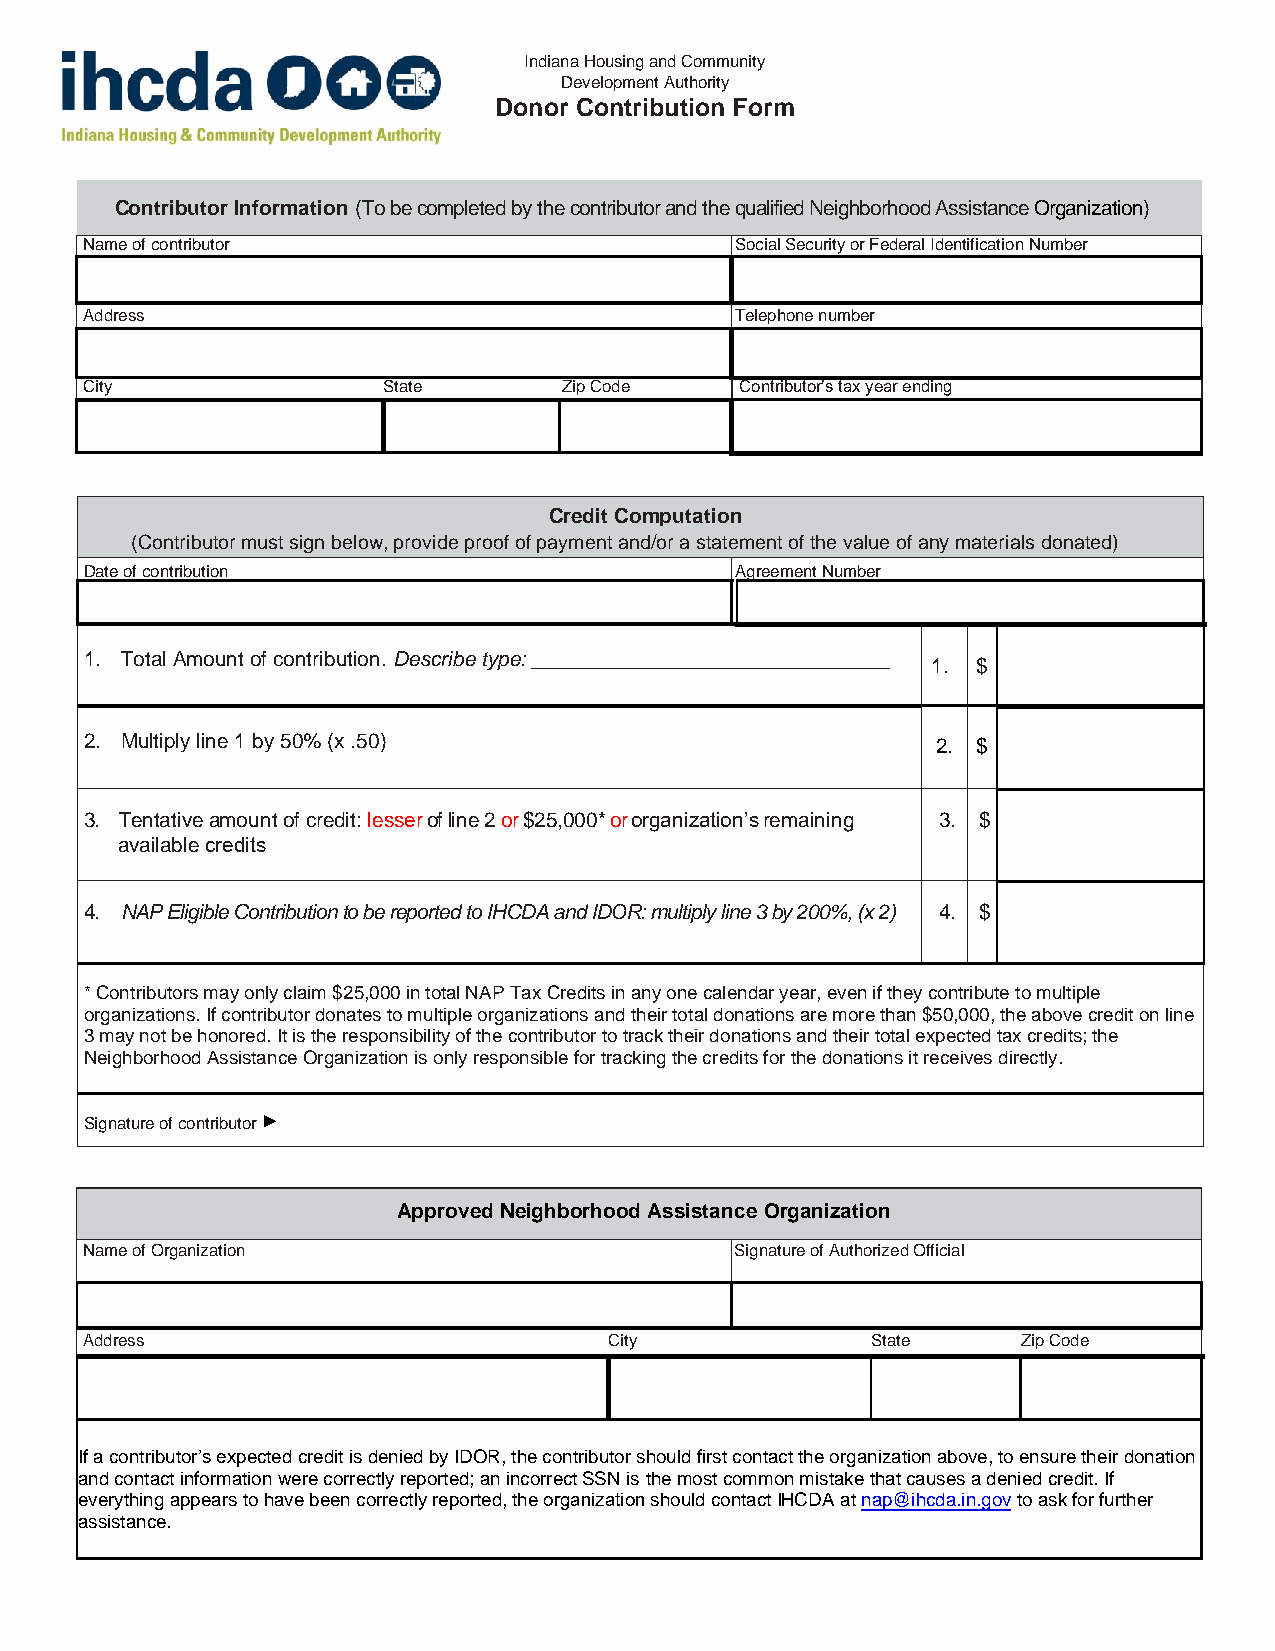
Indiana Housing and Community
 Development Authority
 Donor Contribution Form
 Contributor Information (To be completed by the contributor and the qualified Neighborhood Assistance Organization)
 Name of contributor                        Social Security or Federal Identification Number
 Address                                    Telephone number
 City               State       Zip Code    Contributor’s tax year ending
 Credit Computation
 (Contributor must sign below, provide proof of payment and/or a statement of the value of any materials donated)
 Date of contribution                       Agreement Number
 1. Total Amount of contribution. Describe type: _______________________________
 1. $
 2. Multiply line 1 by 50% (x .50)                       2. $
 3. Tentative amount of credit: lesser of line 2 or $25,000* or organization’s remaining 3. $
 available credits
 4. NAP Eligible Contribution to be reported to IHCDA and IDOR: multiply line 3 by 200%, (x 2) 4. $
 *Contributors may only claim $25,000 in total NAP Tax Credits in any one calendar year, even if they contribute to multiple
 organizations. If contributor donates to multiple organizations and their total donations are more than $50,000, the above credit on line
 3 may not be honored. It is the responsibility of the contributor to track their donations and their total expected tax credits; the
 Neighborhood Assistance Organization is only responsible for tracking the credits for the donations it receives directly.
 Signature of contributor ►
 Approved Neighborhood Assistance Organization
 Name of Organization                        Signature of Authorized Official
 Address                            City              State     Zip Code
 If a contributor’s expected credit is denied by IDOR, the contributor should first contact the organization above, to ensure their donation
 and contact information were correctly reported; an incorrect SSN is the most common mistake that causes a denied credit. If
 everything appears to have been correctly reported, the organization should contact IHCDA at nap@ihcda.in.gov to ask for further
 assistance.